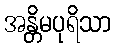
အန္တိမပုရိသာ